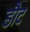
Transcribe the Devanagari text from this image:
डौट